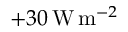
+ 3 0 \, \mathrm { W } \, \mathrm { m } ^ { - 2 }